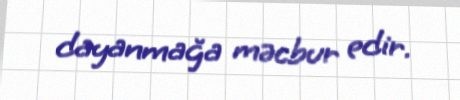
dayanmağa məcbur edir.